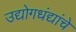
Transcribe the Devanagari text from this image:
उद्योगधंद्यांचे